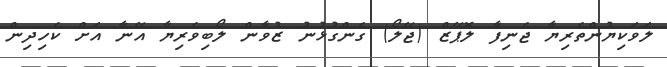
ލަވަކިޔުންތެރިޔާ ޖެނިފާ ލޮޕޭޒް (ޖޭލޯ) ގެންގުޅުނު ޒުވާން ލޯބިވެރިޔާ އޭނާ އަށް ކެހިދިން